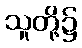
သူတို့၌